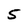
Character: 5